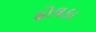
ઢોલકા